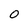
Character: 0